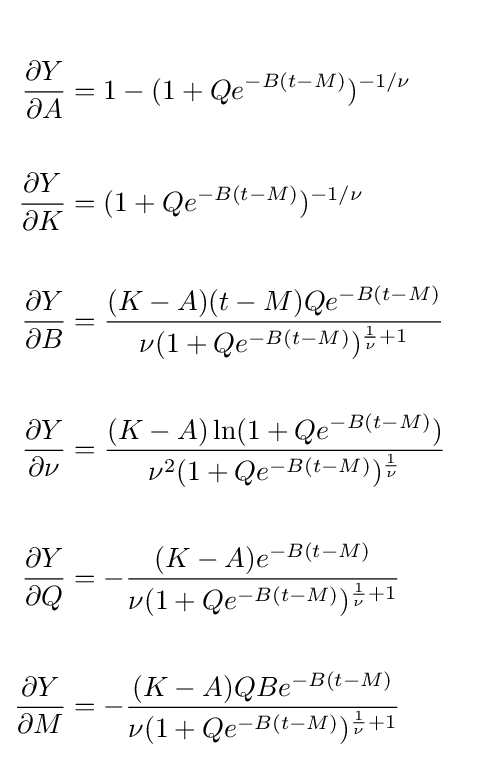
{\begin{aligned}\\{\frac {\partial Y}{\partial A}}&=1-(1+Qe^{-B(t-M)})^{-1/\nu }\\\\{\frac {\partial Y}{\partial K}}&=(1+Qe^{-B(t-M)})^{-1/\nu }\\\\{\frac {\partial Y}{\partial B}}&={\frac {(K-A)(t-M)Qe^{-B(t-M)}}{\nu (1+Qe^{-B(t-M)})^{{\frac {1}{\nu }}+1}}}\\\\{\frac {\partial Y}{\partial \nu }}&={\frac {(K-A)\ln(1+Qe^{-B(t-M)})}{\nu ^{2}(1+Qe^{-B(t-M)})^{\frac {1}{\nu }}}}\\\\{\frac {\partial Y}{\partial Q}}&=-{\frac {(K-A)e^{-B(t-M)}}{\nu (1+Qe^{-B(t-M)})^{{\frac {1}{\nu }}+1}}}\\\\{\frac {\partial Y}{\partial M}}&=-{\frac {(K-A)QBe^{-B(t-M)}}{\nu (1+Qe^{-B(t-M)})^{{\frac {1}{\nu }}+1}}}\\\end{aligned}}